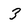
Character: 3